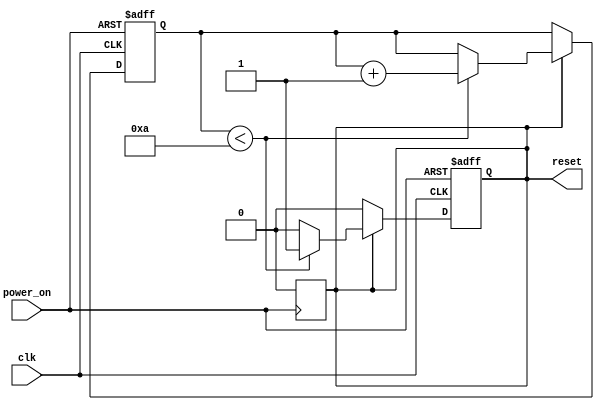
module power_on_reset (
    input wire clk,          // Clock signal
    input wire power_on,     // Power-on signal
    output reg reset         // Reset signal
);

    // Parameters
    parameter RESET_DURATION = 10; // Duration of reset in clock cycles

    // State variables
    reg [3:0] counter; // Counter to track reset duration
    reg power_on_prev; // Previous state of power_on signal

    // Asynchronous reset logic
    always @(posedge clk or posedge power_on) begin
        if (power_on) begin
            reset <= 1'b1; // Assert reset on power-on
            counter <= 0;  // Initialize counter
        end else if (reset) begin
            if (counter < RESET_DURATION) begin
                counter <= counter + 1; // Increment counter
            end else begin
                reset <= 1'b0; // Deassert reset after duration
            end
        end
    end

    // Detect falling edge of power_on to reset counter
    always @(negedge power_on) begin
        reset <= 1'b0; // Deassert reset when power is removed
    end

endmodule